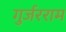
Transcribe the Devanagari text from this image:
गुर्जरराम